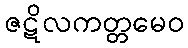
ဇဋိလကတ္တမေဝ